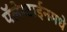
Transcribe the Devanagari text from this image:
पॅलेस्टाईनमधे